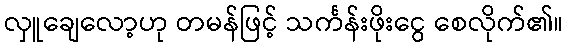
လှူချေလော့ဟု တမန်ဖြင့် သင်္ကန်းဖိုးငွေ စေလိုက်၏။